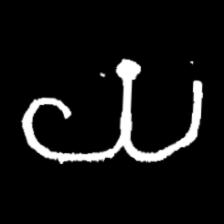
Pyu character \u2014 Myanmar letter: ယ (romanized: ya)